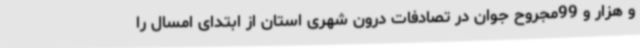
و هزار و 99مجروح جوان در تصادفات درون شهری استان از ابتدای امسال را